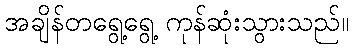
အချိန်တရွေ့ရွေ့ ကုန်ဆုံးသွားသည်။